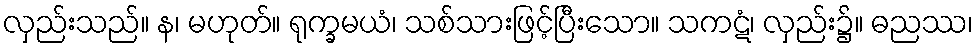
လှည်းသည်။ န၊ မဟုတ်။ ရုက္ခမယံ၊ သစ်သားဖြင့်ပြီးသော။ သကဋံ၊ လှည်း၌။ ဓညဿ၊